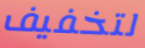
لتخفيف